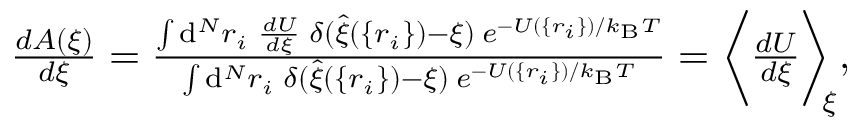
\begin{array} { r } { \frac { d A ( \xi ) } { d \xi } = \frac { \int \mathrm { d } ^ { N } r _ { i } \; \frac { d U } { d \xi } \; \delta ( \hat { \xi } ( \{ r _ { i } \} ) - \xi ) \; e ^ { - U ( \{ r _ { i } \} ) / k _ { \mathrm { B } } T } } { \int \mathrm { d } ^ { N } r _ { i } \; \delta ( \hat { \xi } ( \{ r _ { i } \} ) - \xi ) \; e ^ { - U ( \{ r _ { i } \} ) / k _ { \mathrm { B } } T } } = \bigg \langle \frac { d U } { d \xi } \bigg \rangle _ { \! \! \xi } , } \end{array}